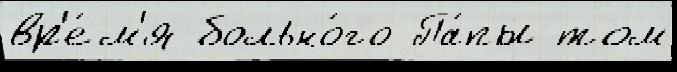
вр'е́м'я больно́го Па́пы том